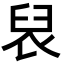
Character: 𮍦